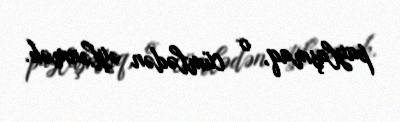
paylaşmaq, o cümlədən əylənmək.